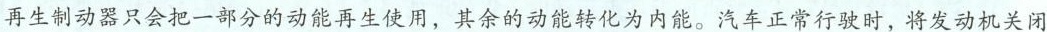
再生制动器只会把一部分的动能再生使用，其余的动能转化为内能。汽车正常行驶时，将发动机关闭